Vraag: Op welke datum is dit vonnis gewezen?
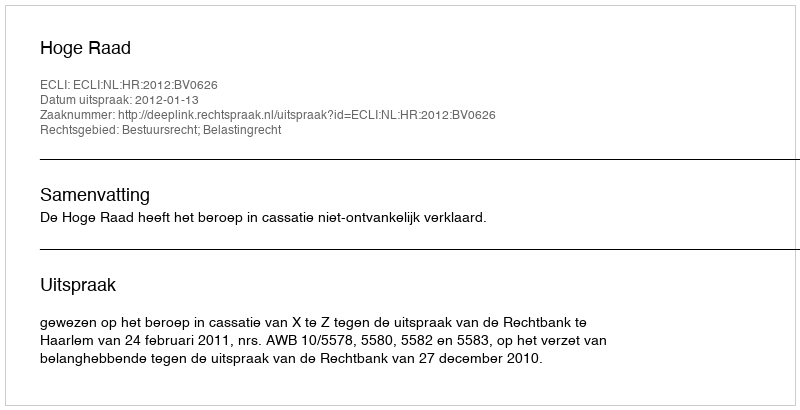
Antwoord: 2012-01-13